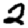
Digit: 2